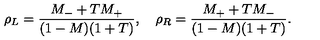
\rho _ { L } = \frac { M _ { - } + T M _ { + } } { ( 1 - M ) ( 1 + T ) } , \quad \rho _ { R } = \frac { M _ { + } + T M _ { - } } { ( 1 - M ) ( 1 + T ) } .